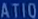
ATION